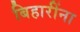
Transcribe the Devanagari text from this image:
बिहारींना